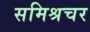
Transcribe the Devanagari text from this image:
समिश्रचर